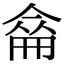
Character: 𠌈